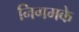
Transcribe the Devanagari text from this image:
निगमके